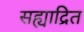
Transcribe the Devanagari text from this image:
सह्याद्रित